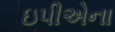
ઇપીએના